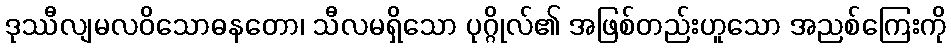
ဒုဿီလျမလဝိသောဓနတော၊ သီလမရှိသော ပုဂ္ဂိုလ်၏ အဖြစ်တည်းဟူသော အညစ်ကြေးကို